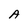
Character: A